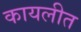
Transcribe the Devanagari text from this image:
कायलीत